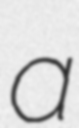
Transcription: a